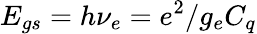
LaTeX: E_{gs}=h\nu_{e}=e^{2}/g_{e}C_{q}